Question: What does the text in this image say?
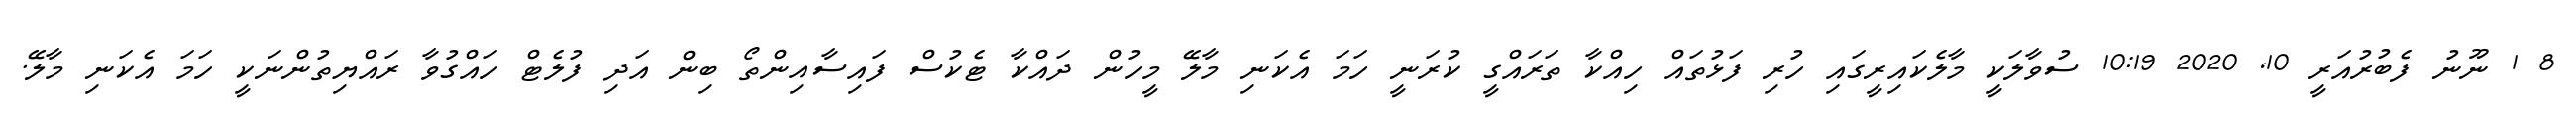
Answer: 8 1 ނޫނު ފެބުރުއަރީ 10, 2020 10:19 ސުވާލަކީ މާލެކައިރީގައި ހުރި ފަޅުތައް ހިއްކާ ތަރައްގީ ކުރަނީ ހަމަ އެކަނި މާލޭ މީހުން ދައްކާ ޓެކުސް ފައިސާއިންތޯ ބިން އަދި ފުލެޓް ހައްގުވާ ރައްޔިތުންނަކީ ހަމަ އެކަނި މާލޭ.